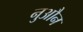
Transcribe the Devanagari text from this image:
नुऔन